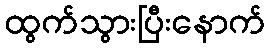
ထွက်သွားပြီးနောက်